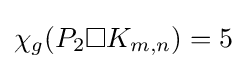
\chi _{g}(P_{2}\square K_{m,n})=5